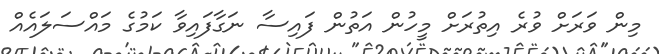
މިން ވަރަށް ވުރެ އިތުރަށް މީހުން އަތުން ފައިސާ ނަގާފައިވާ ކަމުގެ މައްސަލައެއް